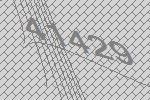
41429